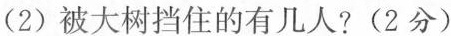
(2分)(2)被大树挡住的有几人?(2分)